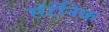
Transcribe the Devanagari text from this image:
सॅटॅनिक